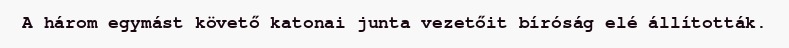
A három egymást követő katonai junta vezetőit bíróság elé állították.